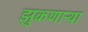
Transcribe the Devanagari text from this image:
झुकणाऱ्या